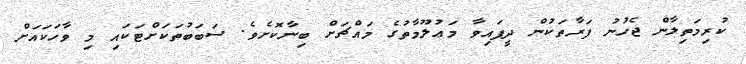
ކުރިމަތިލާން ޖެހުނު ފަރާތަކުން ދީފައިވާ މަޢުލޫމާތުގެ މައްޗަށް ބިނާކޮށެވެ. ސަބަބުތަކަށްޓަކައި މި ވާހަކައަށް